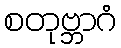
စတုဗ္ဘာဂံ